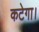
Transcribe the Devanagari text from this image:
कटेगा।